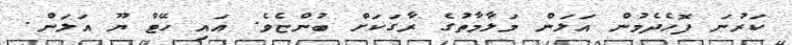
ކަރުނަ ފޮހެދެމުން އަލަން މަލާމާތުގެ ރާގަކަށް ބުންޏެވެ. އައި ހޭޓް ޔޫ އަލަން.